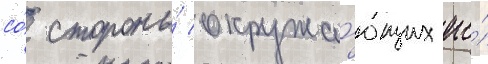
со́ стороны́ окружа́ющих его́